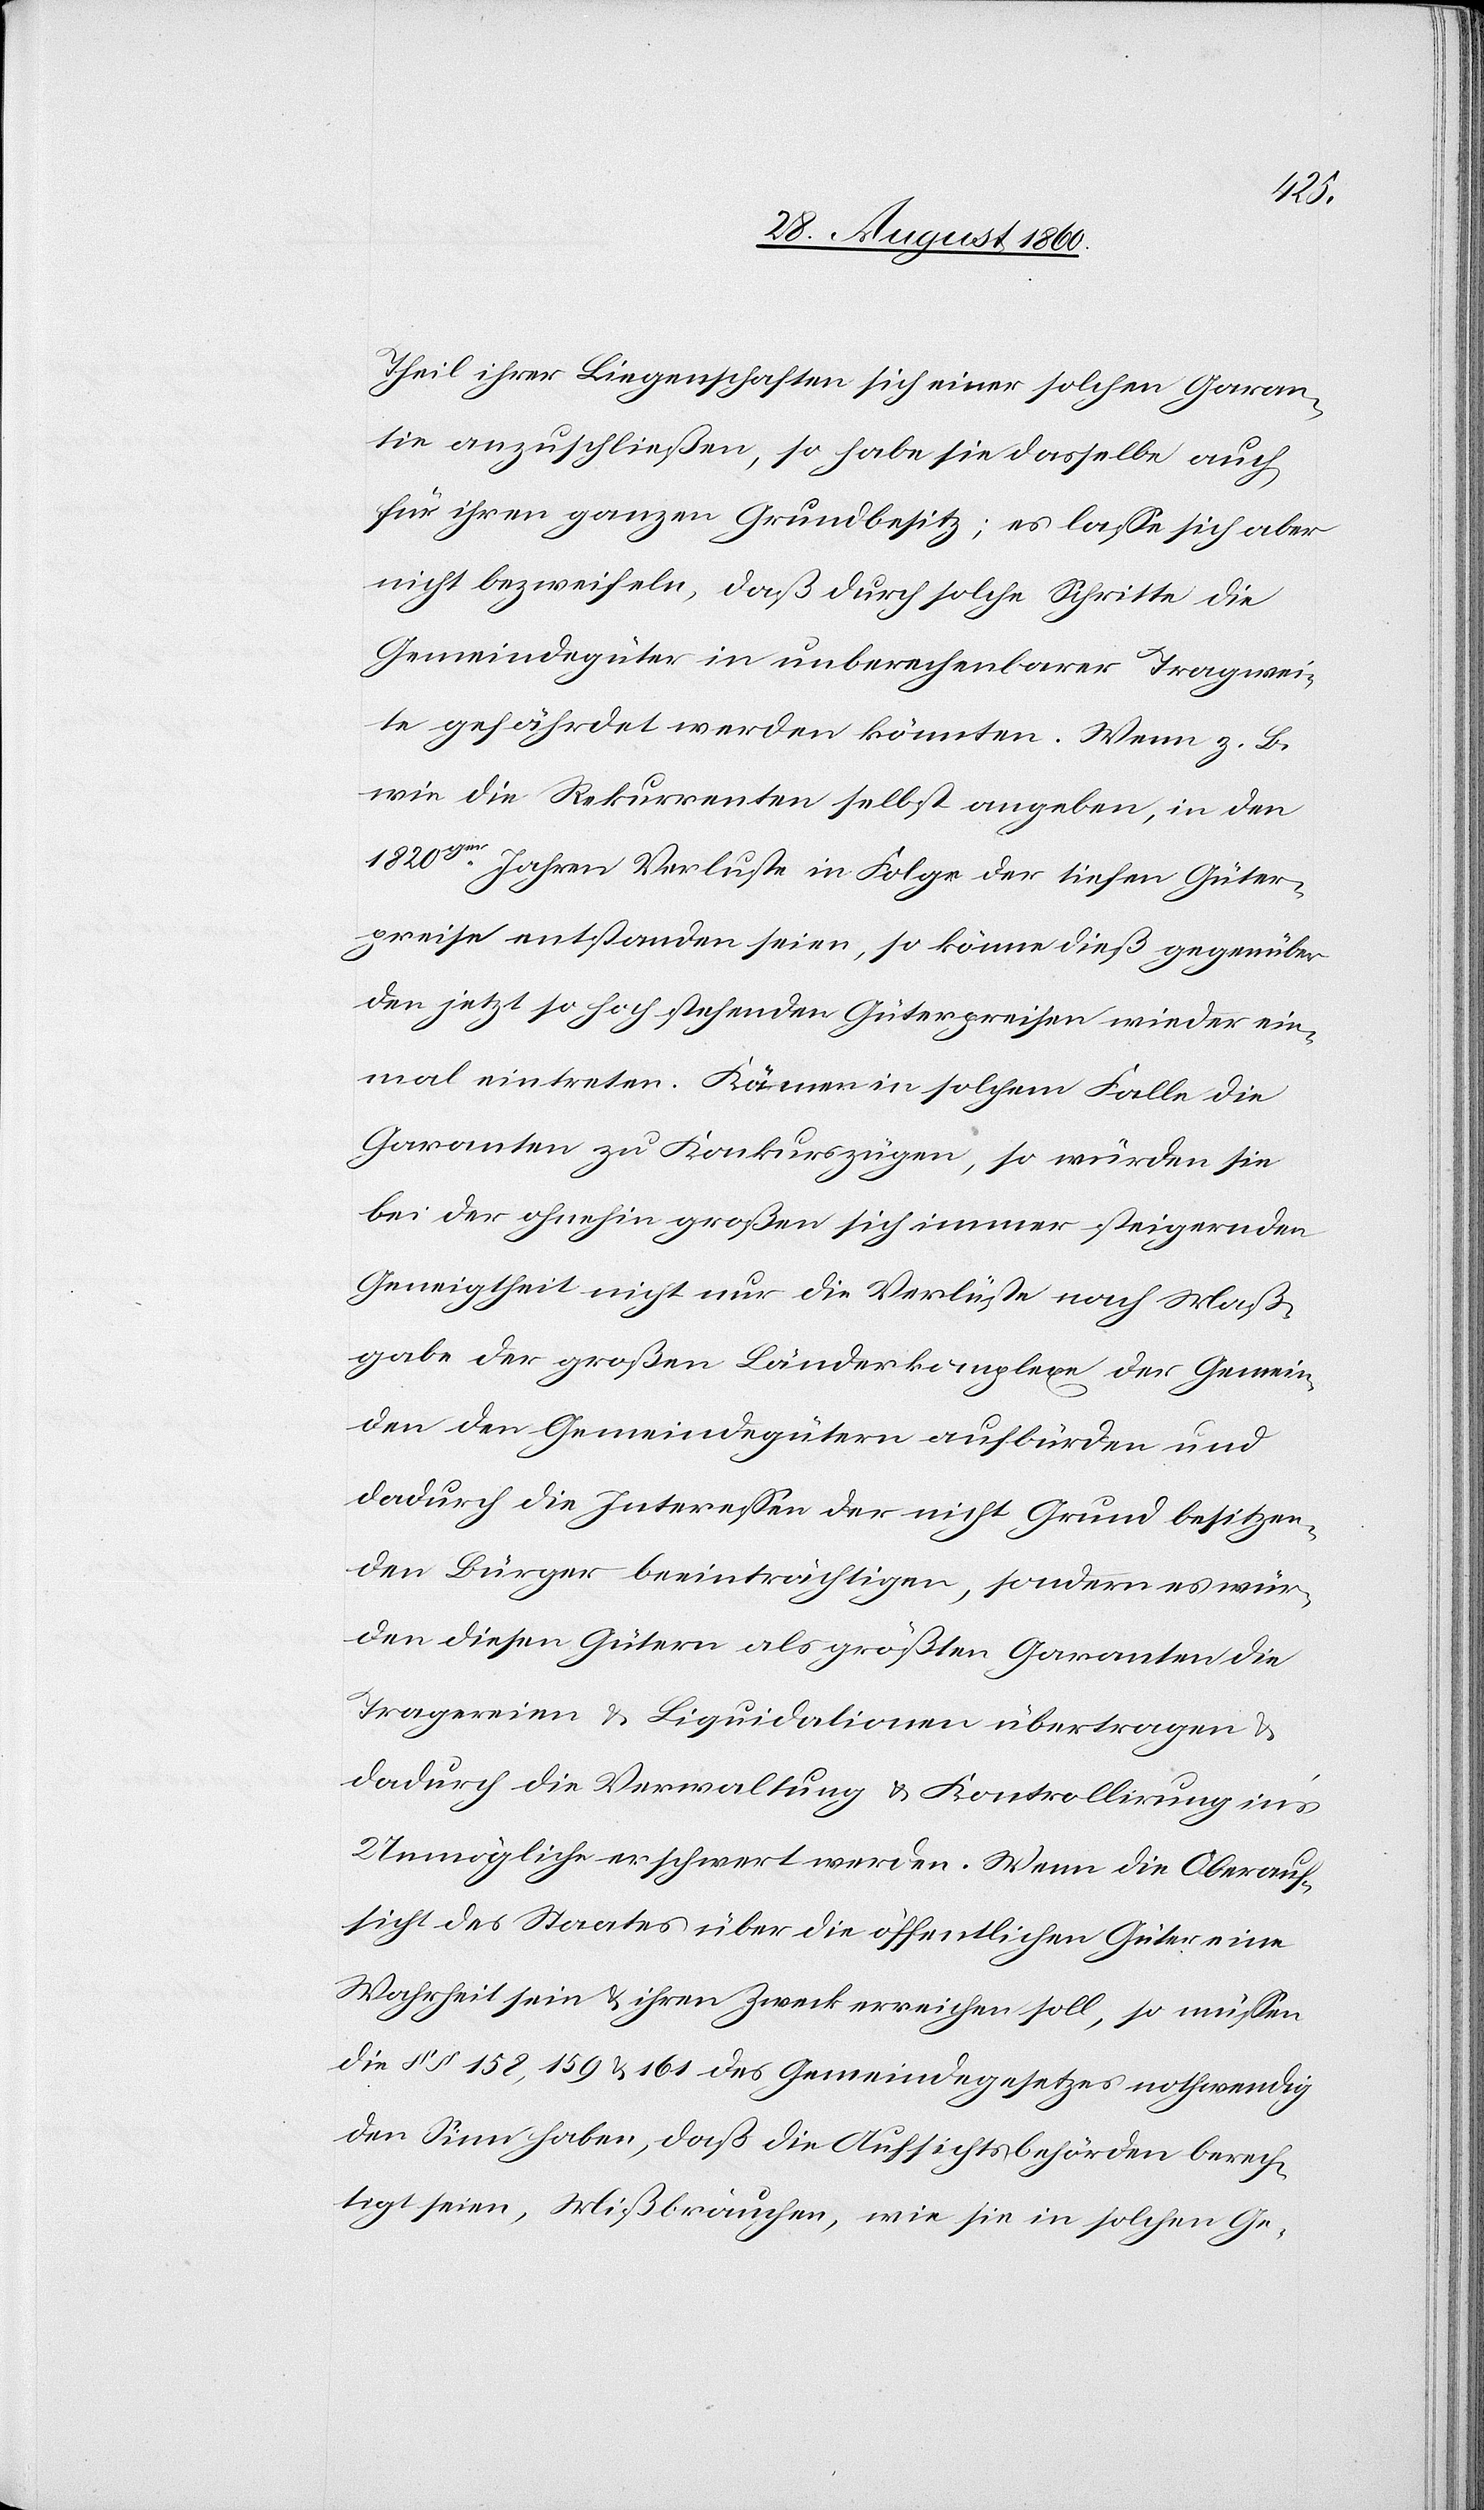
Theil ihrer Liegenschaften sich einer solchen Garan¬
tie anzuschliessen, so habe sie dasselbe auch
für ihren ganzen Grundbesitz; es lasse sich aber
nicht bezweifeln, dass durch solche Schritte, die
Gemeindegüter in unberechenbarer Tragwei¬
te gefährdet werden könnten. Wenn z. B.
wie die Rekurrenten selbst angeben, in den
1820gr Jahren Verluste in Folge der tiefen Güter¬
preise entstanden seien, so könne diess gegenüber
den jetzt schon hochstehenden Güterpreisen wieder ein¬
mal eintreten. Kämen in solchem Falle die
Garanten zu Konkurszügen, so würden sie
bei der ohnehin grossen sich immer steigernden
Geneigtheit nicht nur die Verlüste nach Mass¬
gabe der grossen Ländercomplexe der Gemein¬
den den Gemeindegütern aufbürden u.
dadurch die Interessen der nicht Grundbesitzen¬
den Bürger beeinträchtigen, sondern es wür¬
den diesen Gütern als grössten Garanten die
Tragereien u. Liquidationen übertragen u.
dadurch die Verwaltung u. Controllirung ins
Unmögliche erschwert werden. Wenn die Oberauf¬
sicht des Staates über die öffentlichen Güter eine
Wahrheit sein u. ihren Zweck erreichen soll, so müssen
die §§. 158. 159 u. 161 des Gemeindegesetzes nothwendig
den Sinn haben, dass die Aufsichtsbehörden berech¬
tigt seien, Missbräuchen, wie sie in solchen Ge-